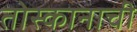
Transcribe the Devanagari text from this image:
तोस्कानाची